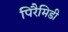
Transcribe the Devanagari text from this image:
पिरैमिडी